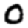
Digit: 0